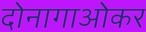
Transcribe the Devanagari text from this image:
दोनागाओकर